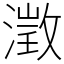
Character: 澂